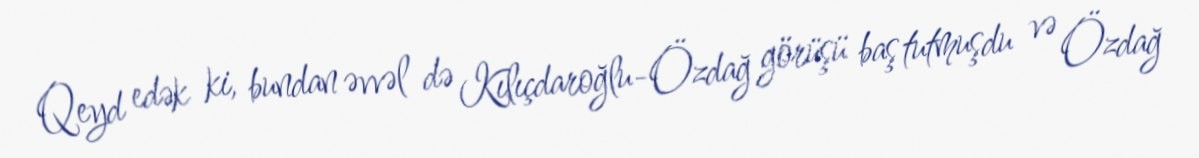
Qeyd edək ki, bundan əvvəl də Kılıçdaroğlu-Özdağ görüşü baş tutmuşdu və Özdağ